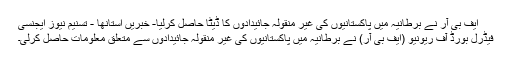
ایف بی آر نے برطانیہ میں پاکستانیوں کی غیر منقولہ جائیدادوں کا ڈیٹا حاصل کرلیا- خبریں استانها - تسنیم نیوز ایجنسی
فیڈرل بورڈ آف ریونیو (ایف بی آر) نے برطانیہ میں پاکستانیوں کی غیر منقولہ جائیدادوں سے متعلق معلومات حاصل کرلی۔